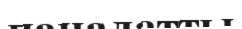
паналатты